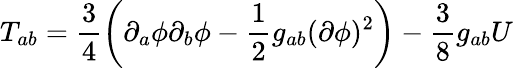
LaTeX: T_{ab}=\frac{3}{4}\left(\partial_{a}\phi\partial_{b}\phi-\frac{1}{2}g_{ab}(\partial\phi)^{2}\right)-\frac{3}{8}g_{ab}U